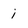
Character: i